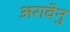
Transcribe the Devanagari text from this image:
अरावेनु